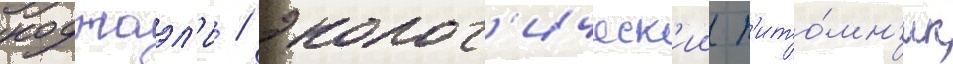
коджаэл'и / эколог'ическ'ии п'ито́мн'ик